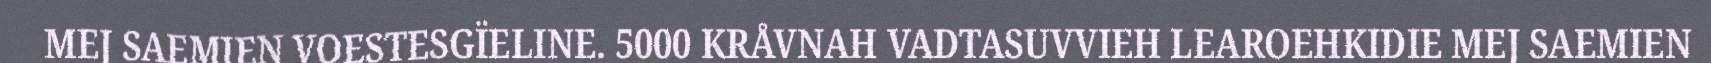
MEJ SAEMIEN VOESTESGÏELINE. 5000 KRÅVNAH VADTASUVVIEH LEAROEHKIDIE MEJ SAEMIEN